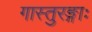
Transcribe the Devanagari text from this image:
गास्तुरङ्गाः